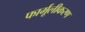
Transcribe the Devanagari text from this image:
फार्मूलीकरण